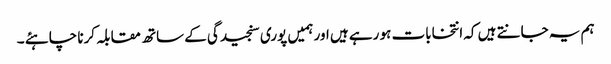
ہم یہ جانتے ہیں کہ انتخابات ہو رہے ہیں اور ہمیں پوری سنجیدگی کے ساتھ مقابلہ کرنا چاہئے ۔